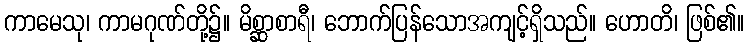
ကာမေသု၊ ကာမဂုဏ်တို့၌။ မိစ္ဆာစာရီ၊ ဘောက်ပြန်သောအကျင့်ရှိသည်။ ဟောတိ၊ ဖြစ်၏။